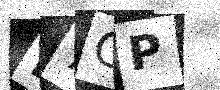
Text: M7CP